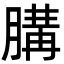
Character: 䐟